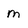
Character: m